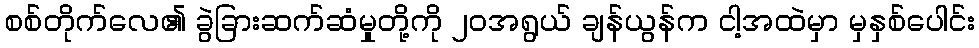
စစ်တိုက်လေ၏ ခွဲခြားဆက်ဆံမှုတို့ကို ၂၀အရွယ် ချန်ယွန်က ငါ့အထဲမှာ မှနှစ်ပေါင်း